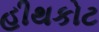
હીથકોટ